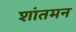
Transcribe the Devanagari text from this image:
शांतमन